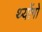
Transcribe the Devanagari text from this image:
थ्योंगो